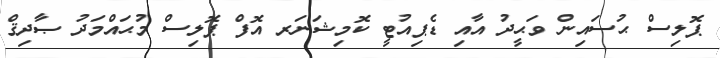
ޕޮލިސް ޙުސައިން ވަޙީދު އާއި ޑެޕިއުޓީ ކޮމިޝަނަރ އޮފް ޕޮލިސް މުޙައްމަދު ޞާދިޤް